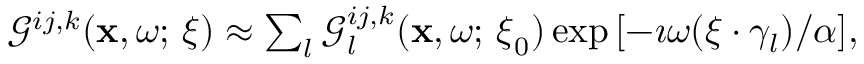
\begin{array} { r } { \mathcal { G } ^ { i j , k } ( \mathbf { x } , \omega ; \, \boldsymbol { \xi } ) \approx \sum _ { l } \mathcal { G } _ { l } ^ { i j , k } ( \mathbf { x } , \omega ; \, \boldsymbol { \xi } _ { 0 } ) \exp { [ - \imath \omega ( \boldsymbol { \xi } \cdot \gamma _ { l } ) / \alpha ] } , } \end{array}